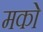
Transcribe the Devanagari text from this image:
मको